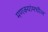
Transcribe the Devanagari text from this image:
मणक्‍यांमधील